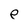
Character: e